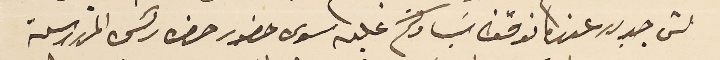
شى جديد عندما نوقف سَيادتكم عليه سوى حضور حضره رئس المدرسة